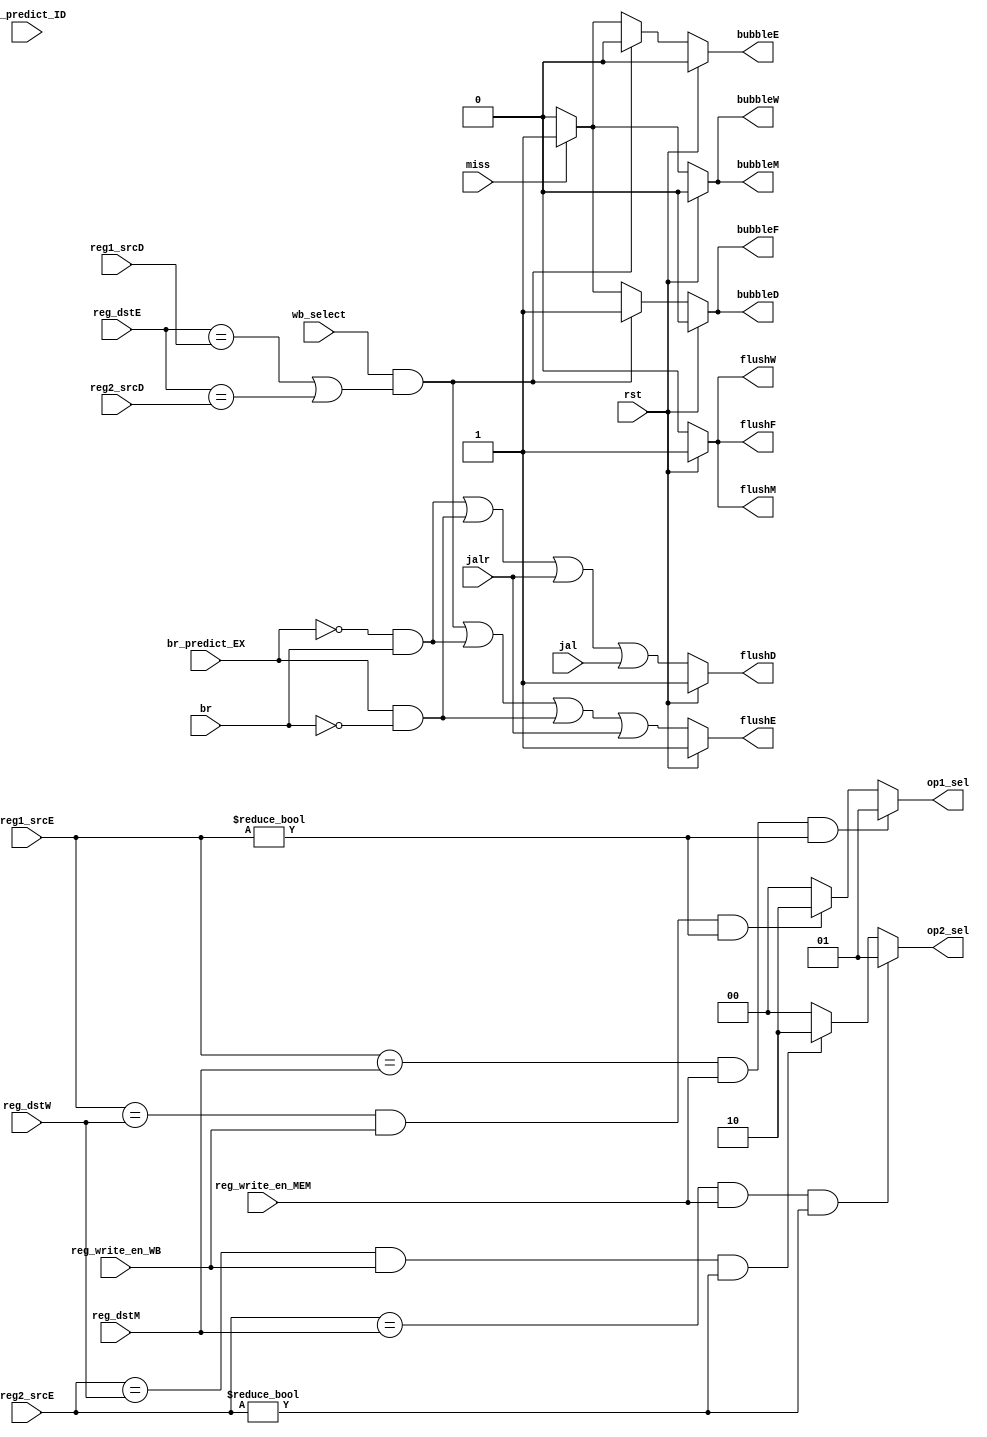
module HarzardUnit(
    input wire rst,
    input miss,
    input wire [4:0] reg1_srcD, reg2_srcD, reg1_srcE, reg2_srcE, reg_dstE, reg_dstM, reg_dstW,
    input wire br, jalr, jal,
    input wire br_predict_ID, br_predict_EX,       //used in prediction
    input wire wb_select,
    input wire reg_write_en_MEM,
    input wire reg_write_en_WB,
    output reg flushF, bubbleF, flushD, bubbleD, flushE, bubbleE, flushM, bubbleM, flushW, bubbleW,
    output reg [1:0] op1_sel, op2_sel
    );

    // generate op1_sel
    always @ (*)
    begin 
        if (reg1_srcE == reg_dstM && reg_write_en_MEM == 1 && reg1_srcE != 0)
        begin
            // mem to ex forwarding, mem forwarding first
            op1_sel = 2'b01;
        end
        else if (reg1_srcE == reg_dstW && reg_write_en_WB == 1 && reg1_srcE != 0)
        begin
            // wb to ex forwarding
            op1_sel = 2'b10;
        end
        else 
        begin
            op1_sel = 2'b00;
        end
    end
    
    // generate op2_sel
    always @ (*)
    begin
        if (reg2_srcE == reg_dstM && reg_write_en_MEM == 1 && reg2_srcE != 0)
        begin
            // mem to ex forwarding, mem forwarding first
            op2_sel = 2'b01;
        end
        else if (reg2_srcE == reg_dstW && reg_write_en_WB == 1 && reg2_srcE != 0)
        begin
            // wb to ex forwarding
            op2_sel = 2'b10;
        end
        else 
        begin
            op2_sel = 2'b00;
        end
    end
    
    //是否启用预测
    localparam BTB = 1'b1;
    // generate flush
    always @ (*)
    begin
        if (rst)
        begin
            flushF = 1;
            flushD = 1;
            flushE = 1;
            flushM = 1;
            flushW = 1;
        end
        else 
        begin
            if (!BTB)
            begin
                flushF = 0;
                flushD = br  ||
                        jalr ||
                        jal;
                flushE = (wb_select == 1 && (reg_dstE == reg1_srcD || reg_dstE == reg2_srcD)) || //load-use type data hazard
                        (br) ||    //不管是否猜对,跳都flushE
                        jalr;
                flushM = 0;
                flushW = 0;
            end
            else
            begin
                flushF = 0;
                flushD = (!br_predict_EX && br) ||  //猜不跳,实际跳,flushD,E PC = br_target
                        (br_predict_EX && !br) ||  //猜跳,却不跳, flushD,E PC = PC_EX + 4
                        jalr ||
                        jal;
                flushE = (wb_select == 1 && (reg_dstE == reg1_srcD || reg_dstE == reg2_srcD)) || //load-use type data hazard
                        (!br_predict_EX && br) ||  //猜不跳,实际跳,flushD,E PC = br_target
                        (br_predict_EX && !br) ||  //猜跳,却不跳, flushD,E PC = PC_EX + 4
                        jalr;
                flushM = 0;
                flushW = 0;
            end
        end
    end

    // generate bubbleF and flushF and bubbleD and flushD and  bubbleE and flushE
    always @ (*)
    begin
        if (rst)
        begin
            bubbleF = 0;
            bubbleD = 0;
            bubbleE = 0;
        end
        else 
        begin
            // load-use type data hazard, bubble IF, bubble ID, flushE
            if (wb_select == 1 && (reg_dstE == reg1_srcD || reg_dstE == reg2_srcD))
            begin
                bubbleF = 1;
                bubbleD = 1;
                bubbleE = 0;
            end
            else if (miss)
            begin
                // miss bubbleF bubbleD bubbleE
                bubbleF = 1;
                bubbleD = 1;
                bubbleE = 1;
            end
            // implement branch predict with default no branch
            else
            begin
                bubbleF = 0;
                bubbleD = 0;
                bubbleE = 0;
            end
        end
    end
    
    // generate bubbleM, W which isn't concern to br
    always @ (*)
    begin
        if (rst)
        begin
            bubbleM = 0;
            bubbleW = 0;
            
        end
        else 
        begin
            if (miss)
            begin
                bubbleM = 1;
                bubbleW = 1;
            end
            else 
            begin
                bubbleM = 0;
                bubbleW = 0;
            end
        end
    end
    

endmodule